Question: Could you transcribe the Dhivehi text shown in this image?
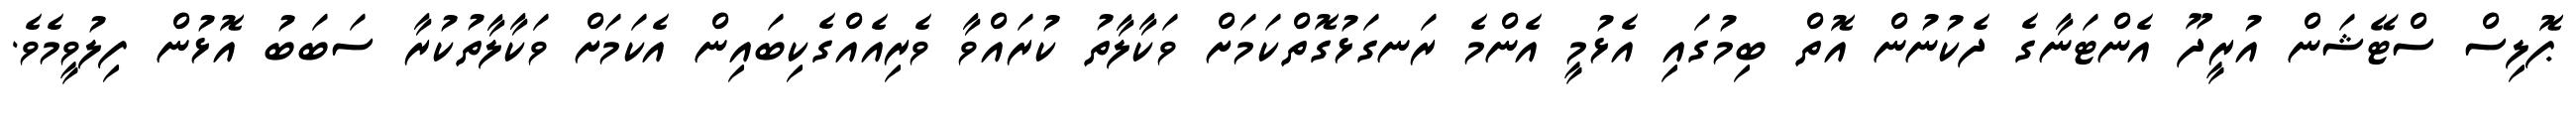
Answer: ޕޮލިސް ސްޓޭޝަން އުރީދޫ އެންޓަނާގެ ދެކުނުން އޮތް ބިމުގައި އެޅުމީ އެންމެ ރަނގަޅުގޮތްކަމަށް ވަކާލާތު ކުރައްވާ ވެރިއެއްގެކިބައިން އެކަމަށް ވަކާލާތުކުރާ ސަބަބު އޮޅުން ފިލުވީމެވެ.